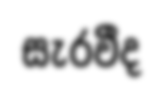
සැරවීද